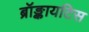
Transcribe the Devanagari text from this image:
ब्रॉङ्कायटिस